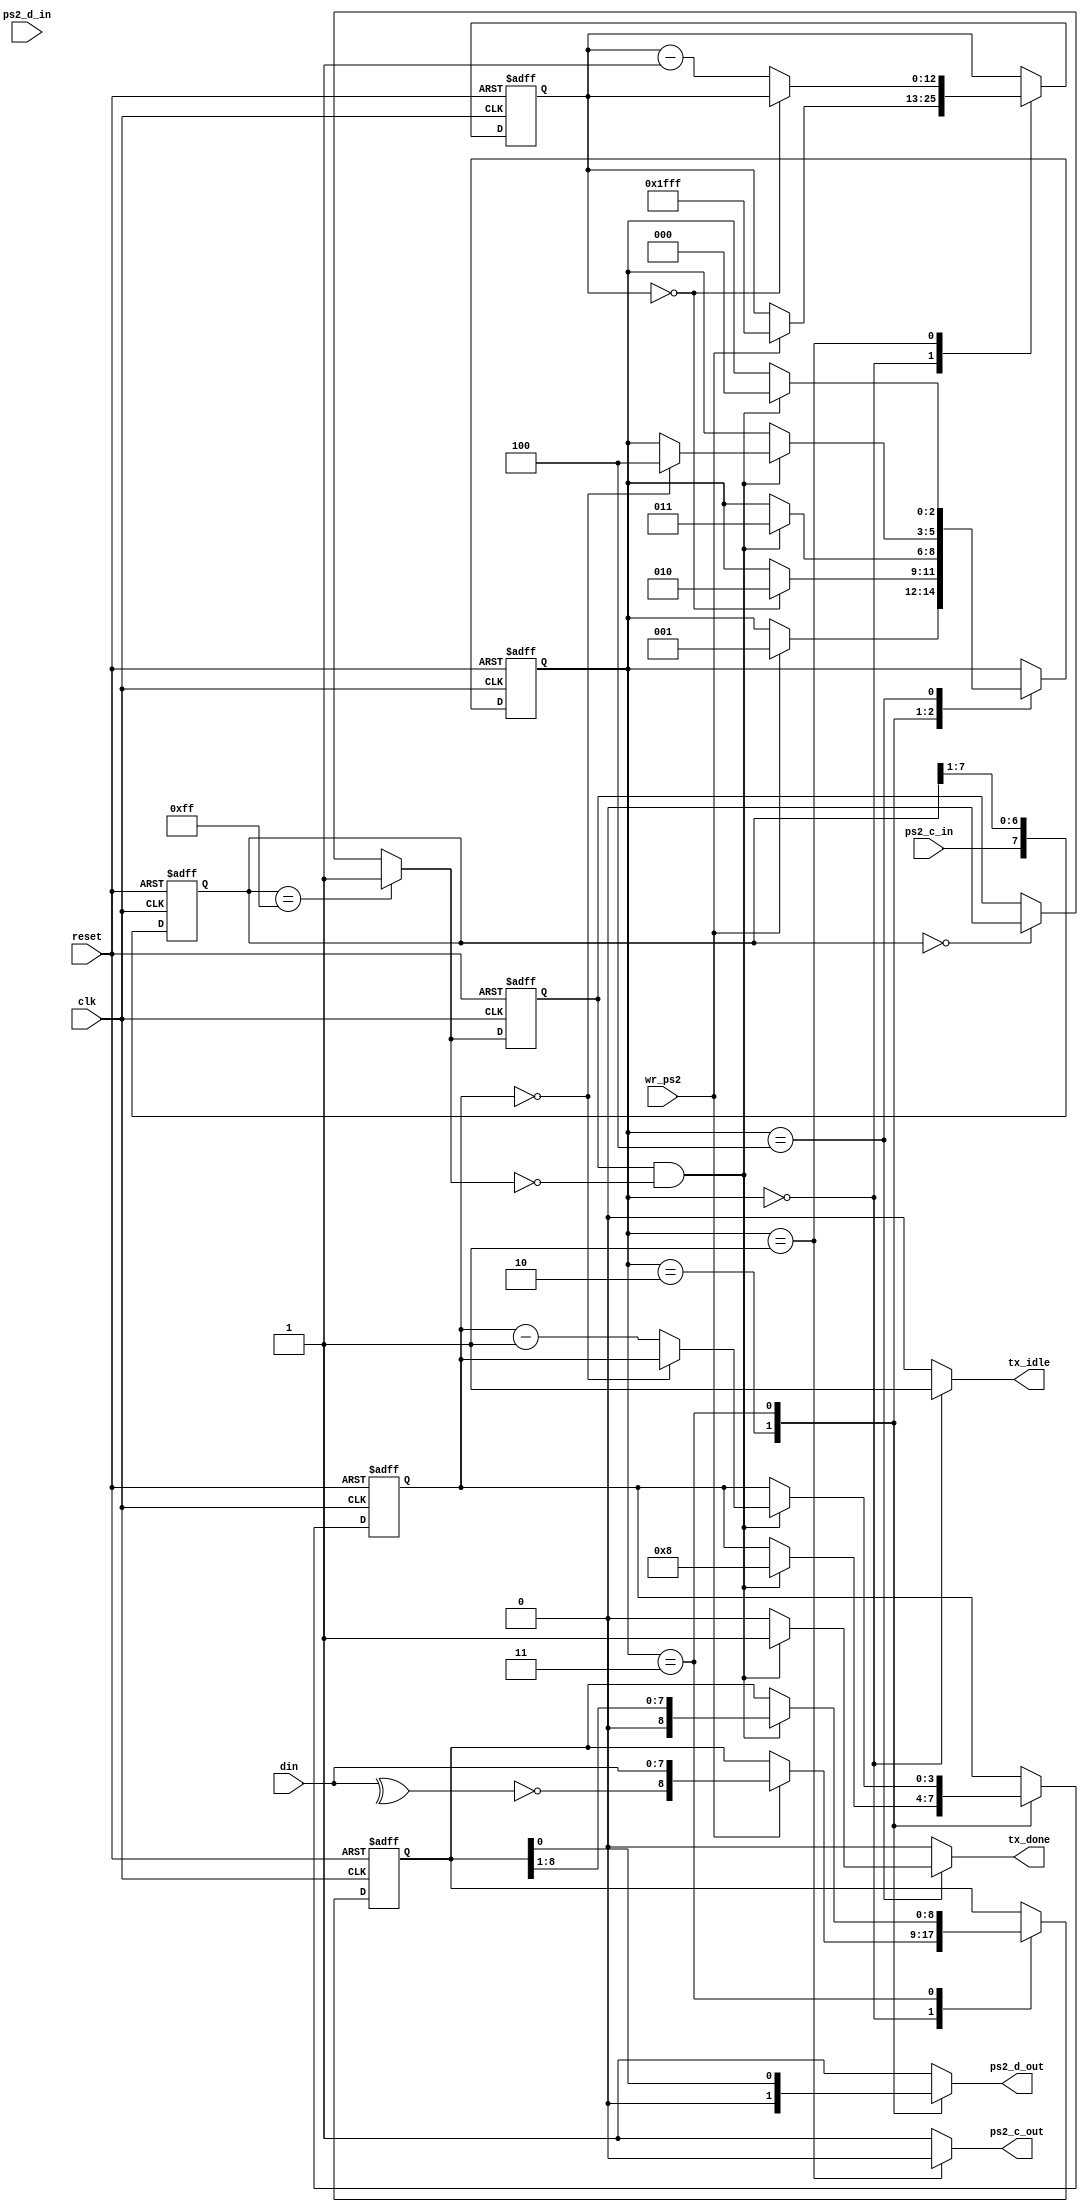
module ps2_transmitter(clk,reset,wr_ps2,din,ps2_c_in,ps2_d_in,ps2_c_out,ps2_d_out,tx_idle,tx_done);
input clk,reset,wr_ps2;
input [7:0] din;
input ps2_c_in,ps2_d_in;
output reg tx_idle,tx_done;
output reg ps2_c_out,ps2_d_out;

localparam [2:0] 
idle=3'b000,
rts=3'b001,
start=3'b010,
data=3'b011,
stop=3'b100;

reg [2:0] state_reg,state_next;
reg [8:0] b_reg,b_next;
reg [3:0] n_reg,n_next;
reg [12:0] counter_reg,counter_next;
wire parity;


//negedge detection with noise cancellation 
reg [7:0] filter_reg;
wire [7:0] filter_next;
reg ps2_c_reg;
wire ps2_c_next;
wire fallen_edge;

always @(posedge clk or posedge reset)
	if(reset)
		begin
		filter_reg=0;
		ps2_c_reg=0;
		end
	else  
		begin
		filter_reg=filter_next;
		ps2_c_reg=ps2_c_next;
		end

assign filter_next={ps2_c_in,filter_reg[7:1]};
assign ps2_c_next=(filter_reg==8'b11111111) ? 1'b1 : (filter_reg==8'b00000000) ? 1'b0 : ps2_c_reg;
assign fallen_edge=(ps2_c_reg)&&(~ps2_c_next);
//

always @(posedge clk or posedge reset)
	if(reset)
		begin
		state_reg=idle;
		b_reg=0;
		n_reg=0;
		counter_reg=0;
		end
	else
		begin
		state_reg=state_next;
		b_reg=b_next;
		n_reg=n_next;
		counter_reg=counter_next;
		end
assign parity=~(^din);
always @*
	begin
	state_next=state_reg;
	b_next=b_reg;
	n_next=n_reg;
	counter_next=counter_reg;
	tx_done=0;
	tx_idle=0;
	ps2_c_out=1;
	ps2_d_out=1;
	
	case(state_reg)
		idle:
			begin
			tx_idle=1;
			if(wr_ps2)
				begin
				state_next=rts;
				b_next={parity,din};
				counter_next=13'h1fff;
				end
			end
		rts: 
			begin
				ps2_c_out=0; 
		
				if(counter_reg==0)
					state_next=start;
				else
					counter_next=counter_reg-1;
			end
		start:
			begin
			ps2_d_out=0;
	
			if(fallen_edge)
				begin
				n_next=8;
				state_next=data;
				end
			end
		data:
			begin
			ps2_d_out=b_reg[0];
		
			if(fallen_edge)
				begin
				b_next={1'b0,b_reg[8:1]};
				if(n_reg==0)
					state_next=stop;
				else
					n_next=n_reg-1;
				end
			end
		stop:	
			if(fallen_edge)
				begin
				state_next=idle;
				tx_done=1;
				end
	endcase
	end

endmodule